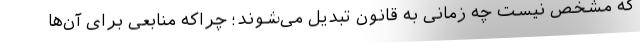
که مشخص نیست چه زمانی به قانون تبدیل می‌شوند؛ چراکه منابعی برای آن‌ها